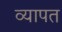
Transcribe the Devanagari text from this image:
व्‍यापत